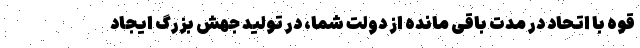
قوه با اتحاد در مدت باقی مانده از دولت شما، در تولید جهش بزرگ ایجاد